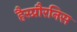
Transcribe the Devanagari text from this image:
हैस्प्रौरनिस